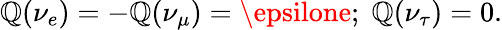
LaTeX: \mathbb{Q}(\nu_{e})=-\mathbb{Q}(\nu_{\mu})=\epsilone;\; \mathbb{Q}(\nu_{\tau})=0.